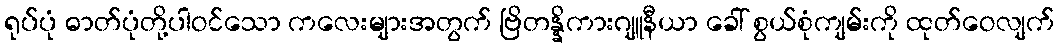
ရုပ်ပုံ ဓာတ်ပုံတို့ပါဝင်သော ကလေးများအတွက် ဗြိတန္နိကားဂျူနီယာ ခေါ် စွယ်စုံကျမ်းကို ထုတ်ဝေလျက်